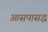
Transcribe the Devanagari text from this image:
आसपासद्ध